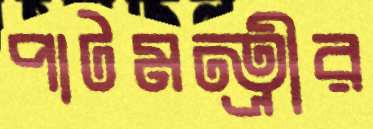
পাটমন্ত্রীর